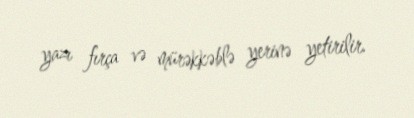
yazı fırça və mürəkkəblə yerinə yetirilir.